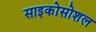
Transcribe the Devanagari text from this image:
साइकोसोशल